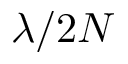
\lambda / 2 N